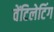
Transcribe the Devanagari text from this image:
वेंटिलेटिंग